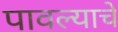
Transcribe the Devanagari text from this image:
पावल्याचे